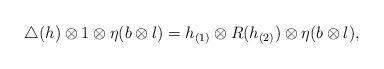
LaTeX: \begin{align*} \triangle (h)\otimes 1\otimes \eta (b\otimes l)=h_{(1)}\otimes R(h_{(2)})\otimes \eta (b\otimes l),\end{align*}